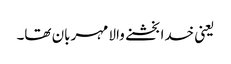
یعنی خدا بخشنے والا مہربان تھا۔